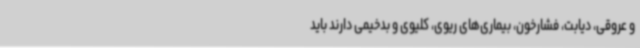
و عروقی، دیابت، فشارخون، بیماری‌های ریوی، کلیوی و بدخیمی دارند باید